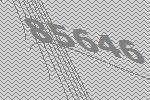
85646